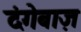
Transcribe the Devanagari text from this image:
दंगेबाज़